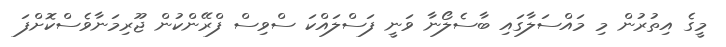
މީގެ އިތުރުން މި މައްސަލާގައި ބާސެލޯނާ ވަނީ ފަސްލައްކަ ސްވިސް ފްރޭންކުން ޖޫރިމަނާވެސްކޮށްފަ